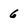
Character: 6